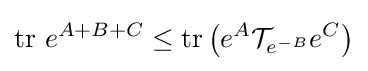
\operatorname {tr} \,e^{A+B+C}\leq \operatorname {tr} \left(e^{A}{\mathcal {T}}_{e^{-B}}e^{C}\right)